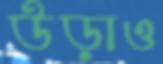
উড়াও